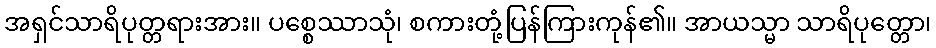
အရှင်သာရိပုတ္တရားအား။ ပစ္စေဿာသုံ၊ စကားတုံ့ပြန်ကြားကုန်၏။ အာယသ္မာ သာရိပုတ္တော၊